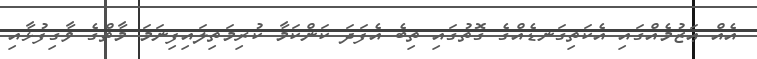
އެއް ޢަޒުމެއްގައި އެކަތިގަނޑެއްގެ ގޮތުގައި ތިބެ އެފަދަ ކަންކަމާ ކުރިމަތިލައިފިނަމަ މާތްގެ ވާގިފުޅާއި